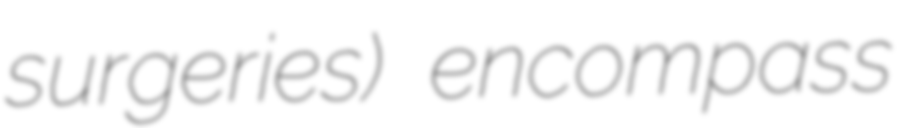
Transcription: surgeries) encompass